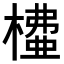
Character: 𣙶